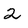
Character: 2